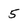
Character: 5